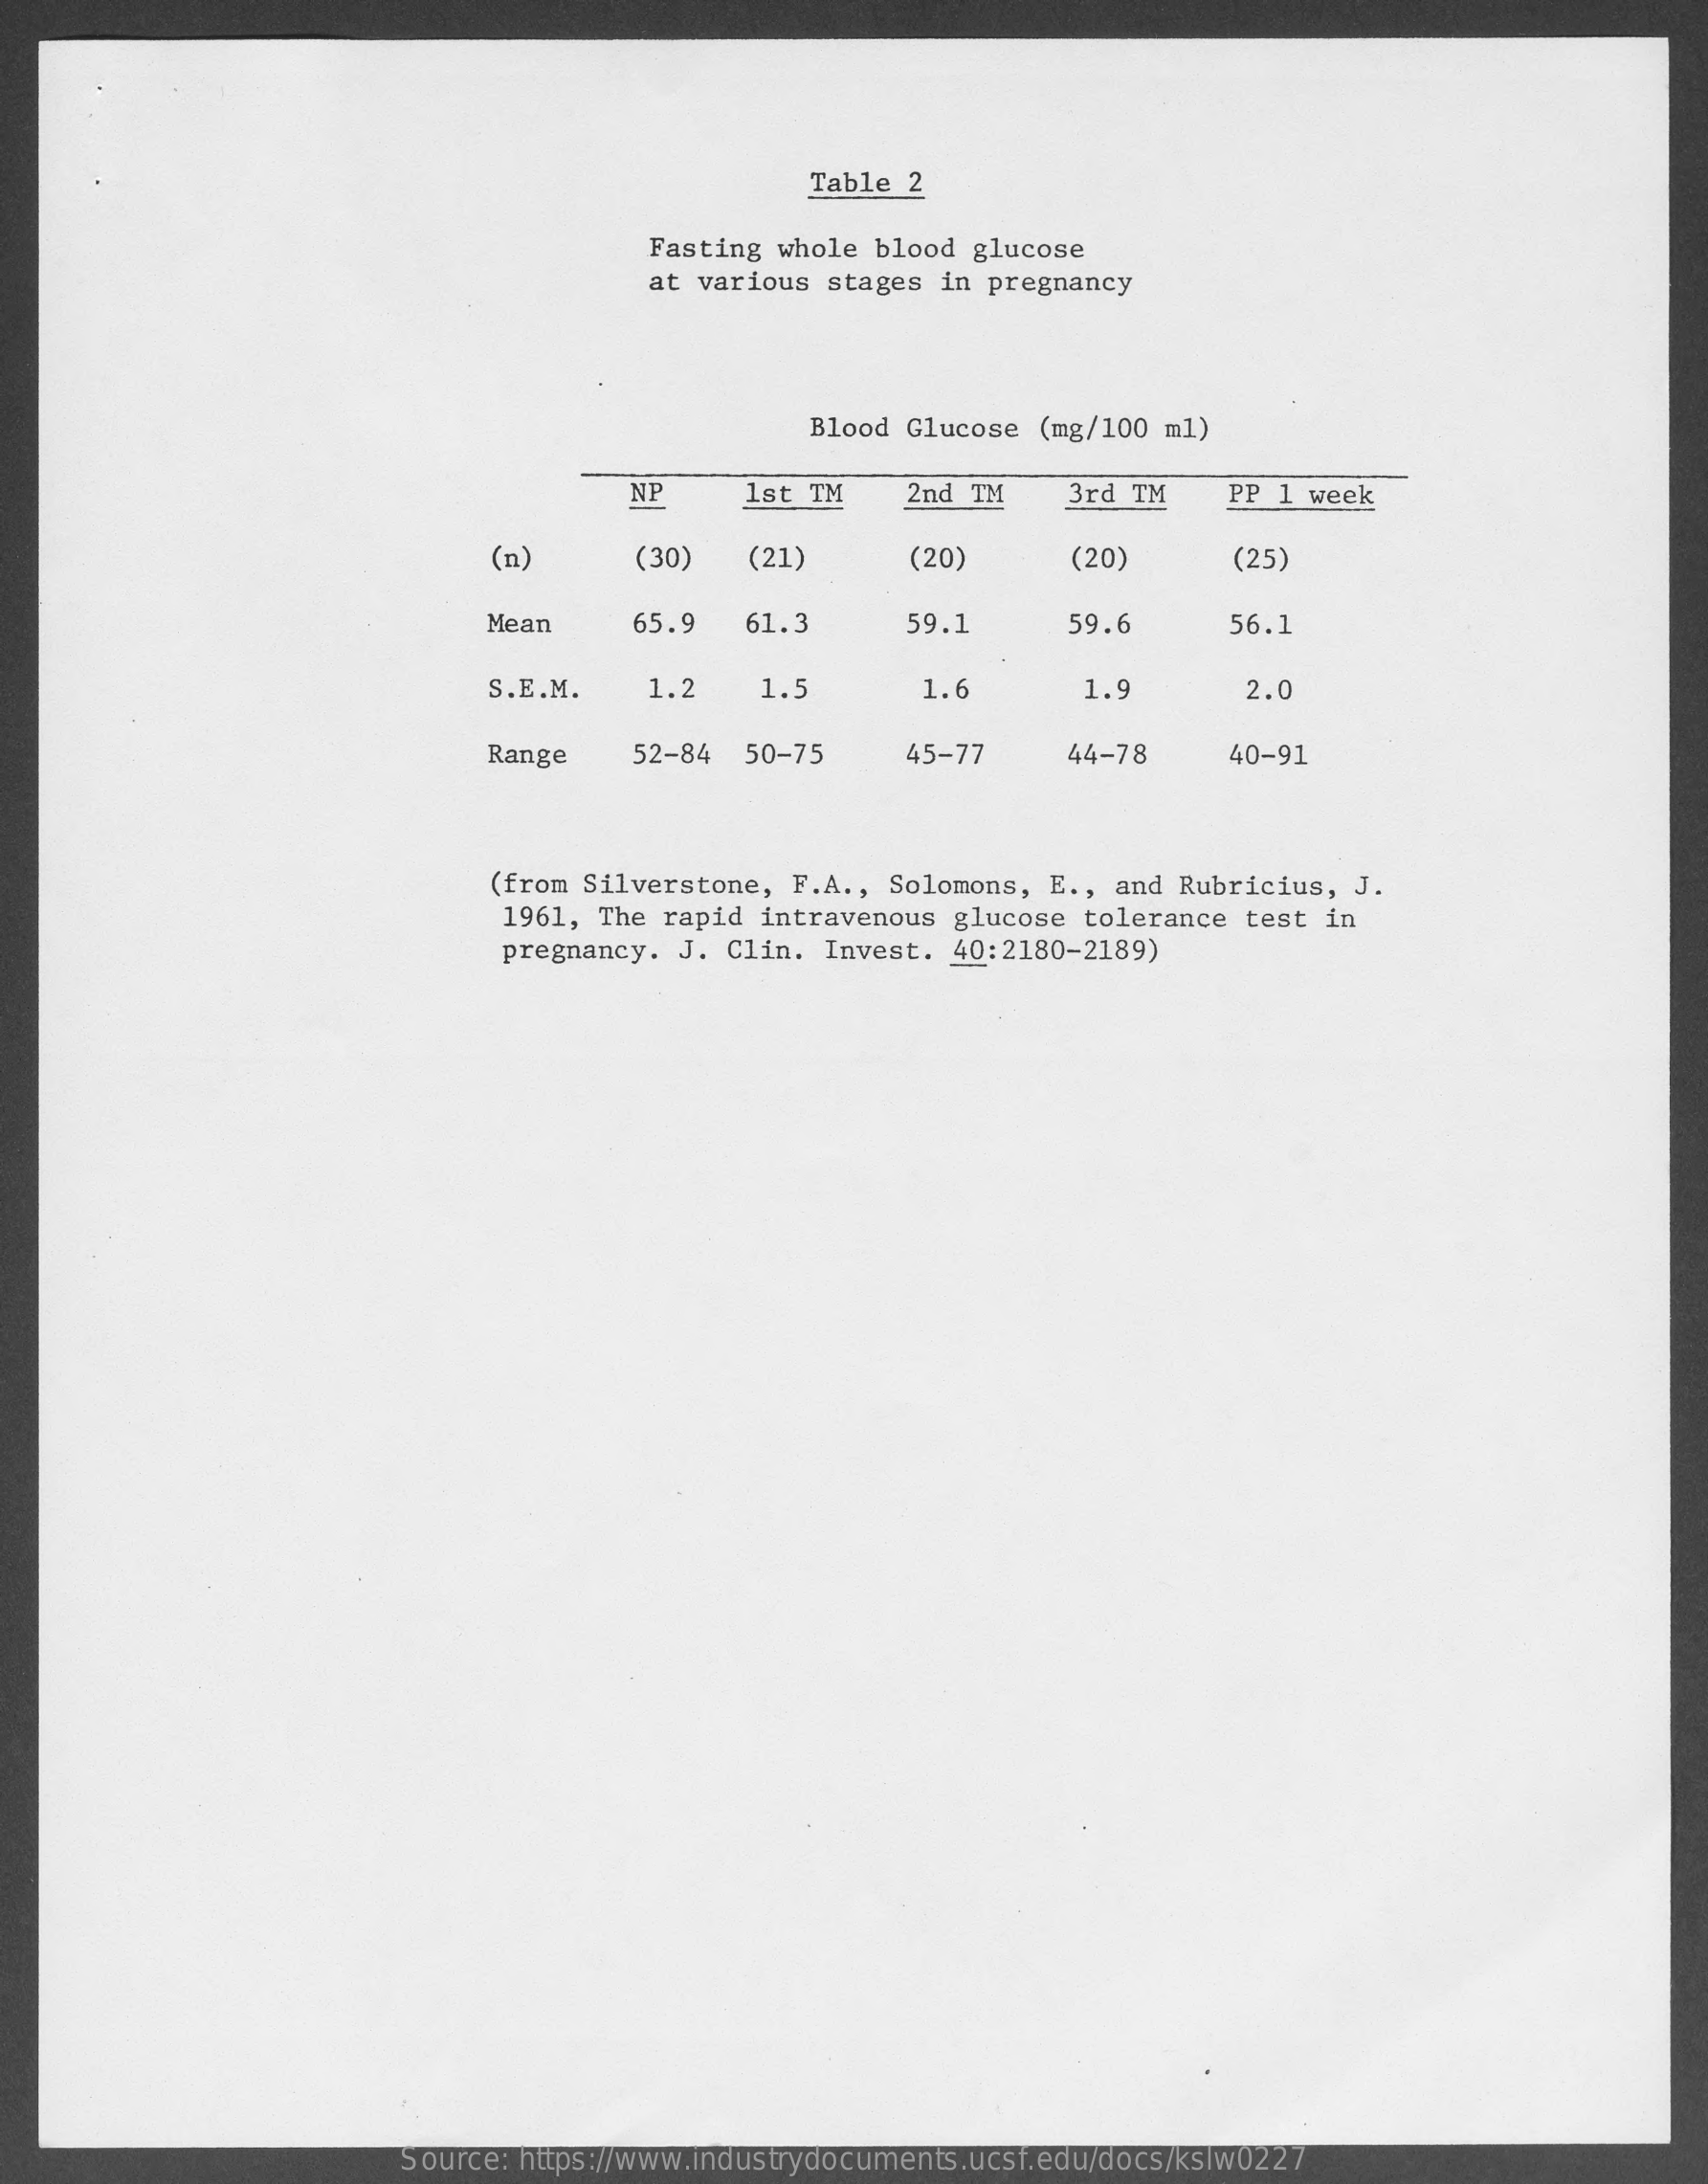
Table  2
     Fasting whole blood glucose
     at various stages in pregnancy
     Blood Glucose  (mg/100 ml)
     NP    1st TM    2nd TM    3rd TM    PP 1 week
     (n)    (30)   (21)    (20)    (20)    (25)
     Mean    65.9   61.3    59.1    59.6    56.1
     S.E.M.    1.2    1.5    1.    1.9    2.0
     Range    52-84  50-75    45-77    44-78    40-91
     (from Silverstone,  F.A ., Solomons, E ., and Rubricius, J.
     1961, The rapid  intravenous glucose  tolerance test in
     pregnancy. J. Clin.  Invest. 40:2180-2189)
     Source: https://www.industrydocuments.ucsf.edu/docs/kslw0227